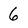
Character: 6